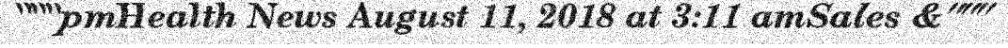
"""pmHealth News August 11, 2018 at 3:11 amSales &"""